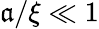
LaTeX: \mathfrak{a}/\xi\ll1